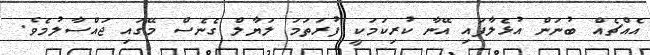
އެއްޗެއް ބުނަން އުޅެލާފައި އޭނާ ކުރިކަމަކީ ފުރަތަމަ ލަޔާލް ގެނެސް މޭގައި ޖައްސާލުމެވެ.